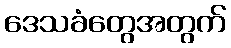
ဒေသခံတွေအတွက်